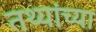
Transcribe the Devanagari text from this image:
तथ्‍यांच्‍या